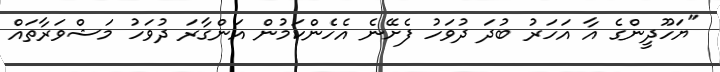
"ޔަހޫދީންގެ އާ އަހަރު ބުދަ ދުވަހު ފެށޭނެ އެހެންކަމުން އަންގާރަ ދުވަހު މަޝްވަރާތައް